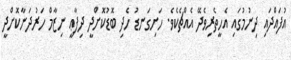
އުފައްދައި ދިނުމުގައި އެހީތެރިވެދޭ އެއްޗެކެވެ. ހަށިގަނޑު ހެދި ބޮޑުކޮށްދީ ދިފާޢީ ނިޒާމް ހަރުދަނާކޮށްދީ